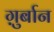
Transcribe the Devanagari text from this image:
ग़ुर्बान